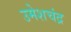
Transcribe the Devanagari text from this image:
उमेशचंद्र